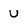
Character: U